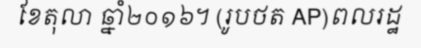
ខែតុលា ឆ្នាំ២០១៦។ (រូបថត AP)ពលរដ្ឋ